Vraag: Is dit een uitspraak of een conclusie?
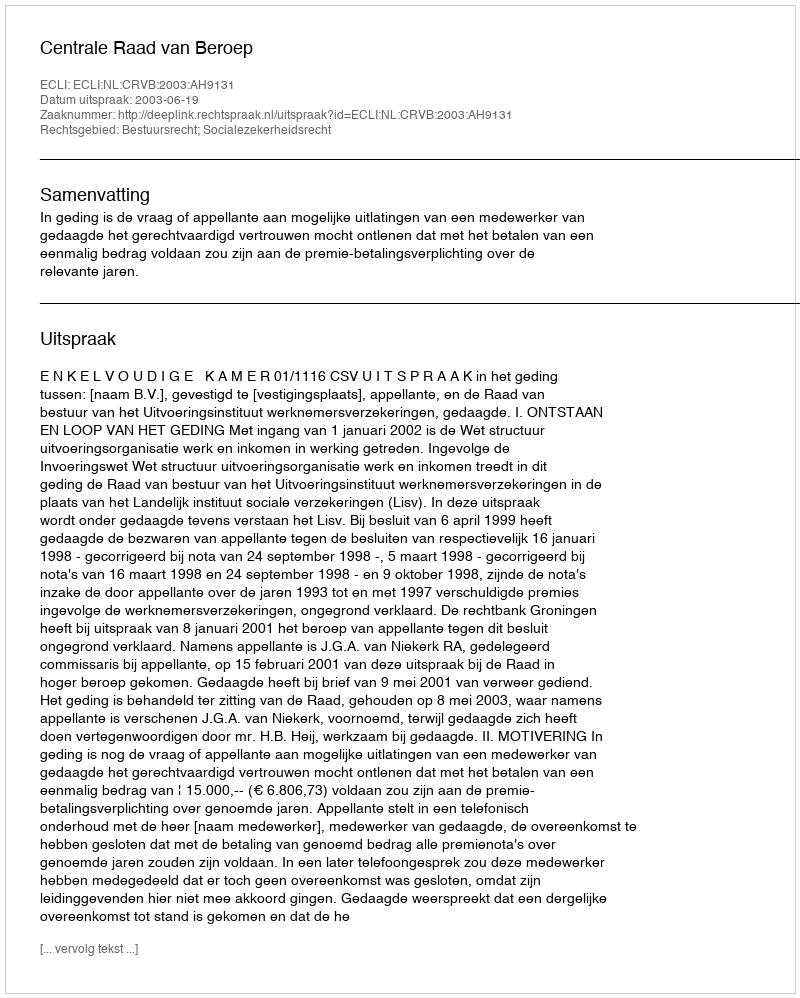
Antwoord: Uitspraak